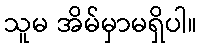
သူမ အိမ်မှာမရှိပါ။